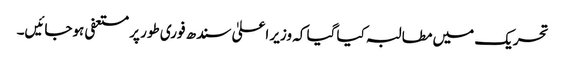
تحریک میں مطالبہ کیا گیا کہ وزیر اعلیٰ سندھ فوری طور پر مستعفی ہوجائیں۔